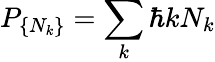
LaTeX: P_{\{ N_{k}\} }=\sum_{k}\hbar kN_{k}